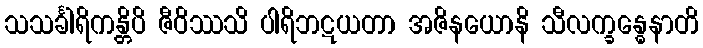
သသင်္ခါရိကန္တိပိ ဇီဝိဿသိ ပါရိဘဋယတာ အဇိနယောနိ သီလက္ခန္ဓေနာတိ